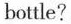
bottle?